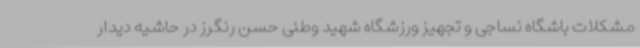
مشکلات باشگاه نساجی و تجهیز ورزشگاه شهید وطنی حسن رنگرز در حاشیه دیدار